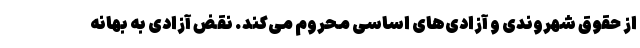
از حقوق شهروندی و آزادی‌های اساسی محروم می‌کند. نقض آزادی به بهانه